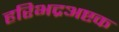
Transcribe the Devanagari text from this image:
हरिभद्रअष्टक